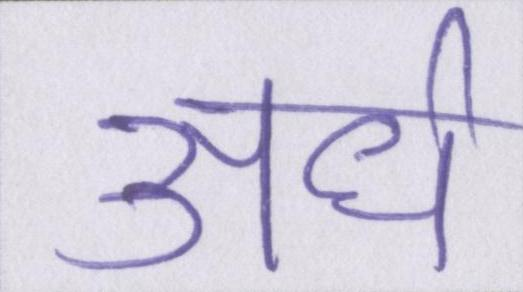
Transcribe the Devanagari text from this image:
अर्ध